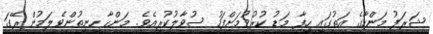
ޝަރަފު މަންހާގެ އަތުގައި ހިފާ މަޑު ކުރުވުމަށްފަހު ސުވާލުކުރިއެވެ. މަންހާ ހިނިތުންވެލަމުން ރޭގަ